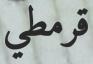
قرمطي